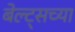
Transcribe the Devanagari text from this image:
बेल्ट्सच्या